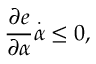
\frac { \partial e } { \partial \alpha } \overset { \cdot } { \alpha } \leq 0 ,